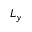
L _ { y }